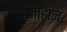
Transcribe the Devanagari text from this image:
साजाहान